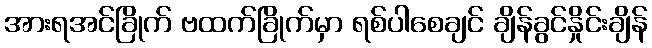
အားရအင်ခြိုက် ဗထက်ခြိုက်မှာ ရစ်ပါစေချင် ချိန်ခွင်နှိုင်းချိန်